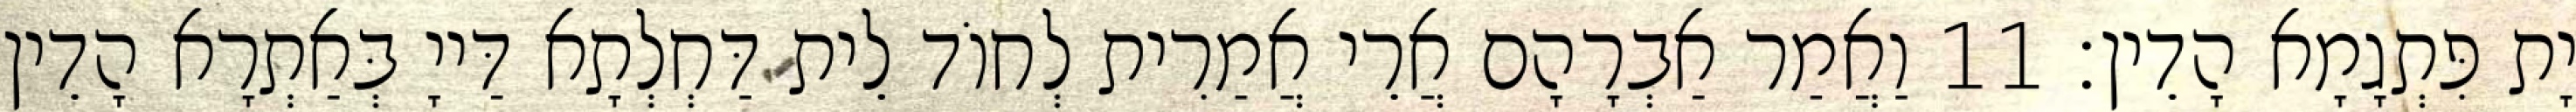
יָת פִּתְגָמָא הָדֵין׃ 11 וַאֲמַר אַבְרָהָם אֲרֵי אֲמַרִית לְחוֹד לֵית דַּחְלְתָא דַּייָ בְּאַתְרָא הָדֵין